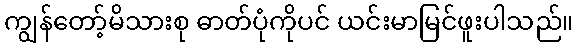
ကျွန်တော့်မိသားစု ဓာတ်ပုံကိုပင် ယင်းမာမြင်ဖူးပါသည်။